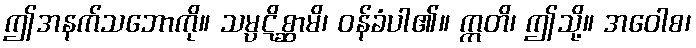
ဤအနက်သဘောကို။ သမ္ပဋိစ္ဆာမိ၊ ဝန်ခံပါ၏။ ဣတိ၊ ဤသို့။ အဝေါစ၊